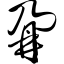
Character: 鼐